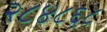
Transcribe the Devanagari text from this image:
२८४८६८